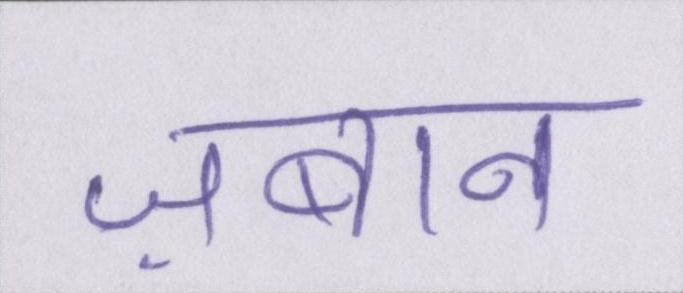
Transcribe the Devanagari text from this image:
ज़बान